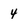
Character: 4